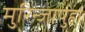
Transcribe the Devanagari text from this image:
मुरिन्जापुहा